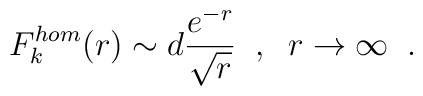
F^{hom}_{k}(r)\sim d\frac{e^{-r}}{\sqrt{r}} \;\;,\;\;r\rightarrow\infty                                                                          \;\;.